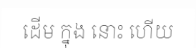
ដើម ក្នុង នោះ ហើយ